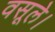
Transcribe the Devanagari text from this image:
वसूले।